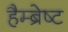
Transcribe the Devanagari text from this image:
हैम्ब्रेष्ट